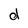
Character: d